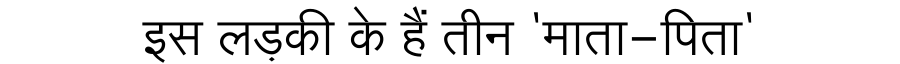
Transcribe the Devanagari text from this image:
इस लड़की के हैं तीन 'माता-पिता'